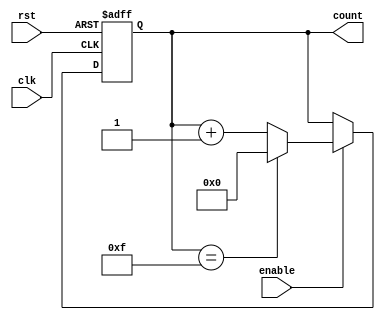
module memory_blocks_up_counter #(parameter N = 4) (
    input wire clk,         // Clock signal
    input wire rst,         // Asynchronous reset signal (active-high)
    input wire enable,      // Enable signal for counting
    output reg [N-1:0] count // N-bit output for current count
);

    // Always block triggered on the rising edge of the clock or reset
    always @(posedge clk or posedge rst) begin
        if (rst) begin
            count <= 0; // Asynchronous reset to zero
        end else if (enable) begin
            // Increment count, wrapping around if it reaches maximum value
            if (count == (2**N - 1)) begin
                count <= 0; // Wrap around
            end else begin
                count <= count + 1; // Increment count
            end
        end
    end

endmodule